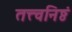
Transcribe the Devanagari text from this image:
तत्त्वनिष्ठं